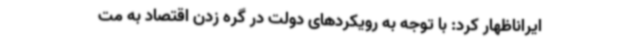
ایراناظهار کرد: با توجه به رویکردهای دولت در گره زدن اقتصاد به مت